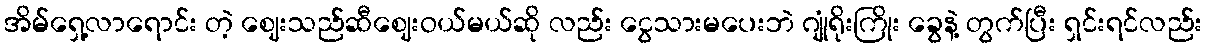
အိမ်ရှေ့လာရောင်း တဲ့ ဈေးသည်ဆီဈေးဝယ်မယ်ဆို လည်း ငွေသားမပေးဘဲ ဂျုံရိုးကြိုး ခွေနဲ့ တွက်ပြီး ရှင်းရင်လည်း